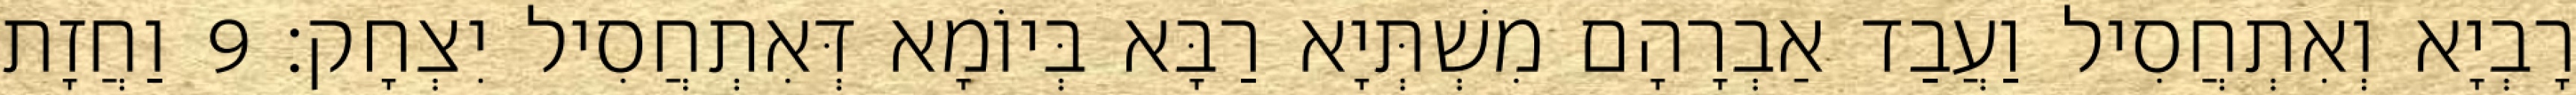
רָבְיָא וְאִתְחֲסִיל וַעֲבַד אַבְרָהָם מִשְׁתְּיָא רַבָּא בְּיוֹמָא דְּאִתְחֲסִיל יִצְחָק׃ 9 וַחֲזָת